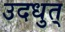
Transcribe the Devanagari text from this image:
उदधुत्